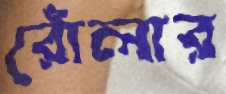
রোঁলার